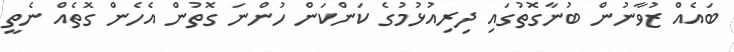
ބައެއް ޒުވާނުން ބުނާގޮތުގައި ދިރިއުޅުމުގެ ކަންކަން ހުންނަ ގޮތުން އެހެން ގޮތެއް ނެތީ